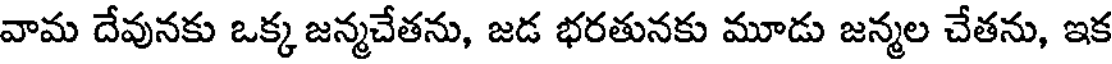
వామ దేవునకు ఒక్క జన్మచేతను, జడ భరతునకు మూడు జన్మల చేతను, ఇక